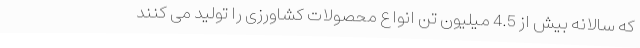
که سالانه بیش از 4.5 میلیون تن انواع محصولات کشاورزی را تولید می کنند